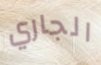
الجاري